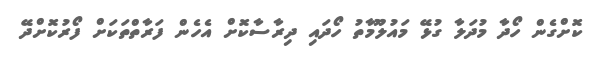
ކޮށްގެން ހޯދާ މުދަލާ ގުޅޭ މައުލޫމާތު ހޯދައި ދިރާސާކޮށް އެހެން ފަރާތްތަކަށް ފޯރުކޮށްދޭ